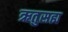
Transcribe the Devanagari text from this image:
ऋतुसह्य